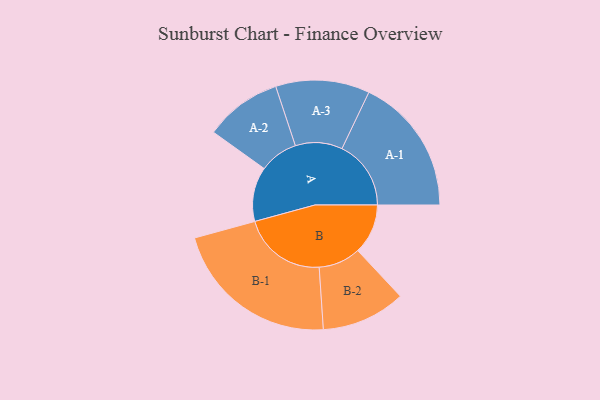
{"axis": {"x": "Segment", "y": "Value"}, "legend": ["", "A", "B"], "data": [{"x": "A", "y": 188, "type": ""}, {"x": "B", "y": 173, "type": ""}, {"x": "A-1", "y": 238, "type": "A"}, {"x": "A-2", "y": 133, "type": "A"}, {"x": "A-3", "y": 162, "type": "A"}, {"x": "B-1", "y": 290, "type": "B"}, {"x": "B-2", "y": 145, "type": "B"}]}